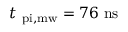
t _ { \mathrm { \ p i , m w } } = 7 6 ~ \mathrm { n s }